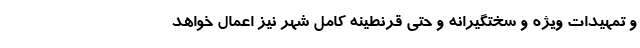
و تمهیدات ویژه و سختگیرانه و حتی قرنطینه کامل شهر نیز اعمال خواهد